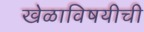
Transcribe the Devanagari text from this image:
खेळाविषयीची